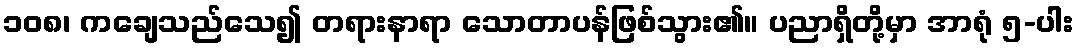
၁၀၈၊ ကချေသည်သေ၍ တရားနာရာ သောတာပန်ဖြစ်သွား၏။ ပညာရှိတို့မှာ အာရုံ ၅-ပါး